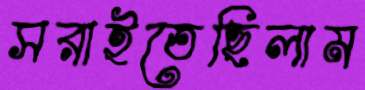
সরাইতেছিলাম